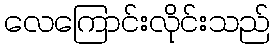
လေကြောင်းလိုင်းသည်